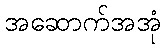
အဆောက်အအုံ